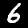
Digit: 6